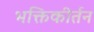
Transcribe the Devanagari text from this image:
भक्तिकीर्तन